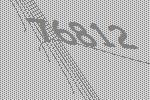
76812